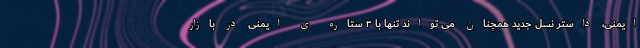
ایمنی، داستر نسل جدید همچنان می تواند تنها با ۳ ستاره ی ایمنی در بازار